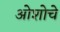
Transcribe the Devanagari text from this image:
ओशोचे